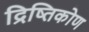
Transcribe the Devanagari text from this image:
द्रिष्तिकोण